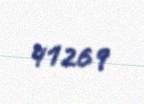
41269